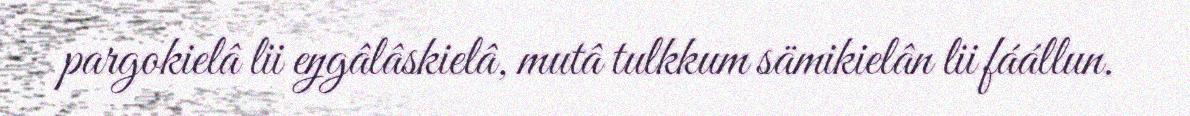
pargokielâ lii eŋgâlâskielâ, mutâ tulkkum sämikielân lii fáállun.